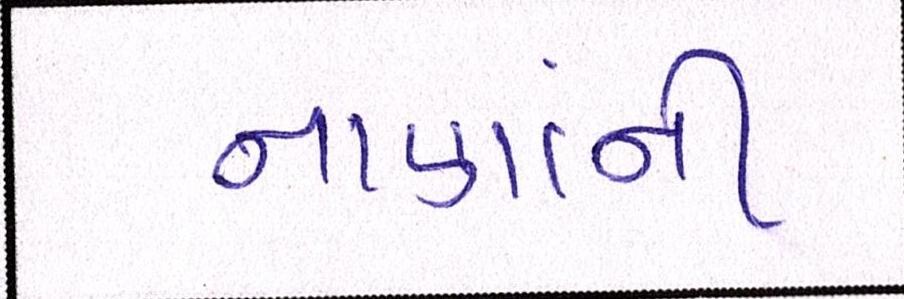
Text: નાણાંની